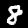
Label: 8